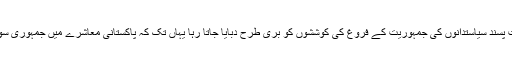
اس دوران جمہوری اداروں اور جمہوریت پسند سیاستدانوں کی جمہوریت کے فروغ کی کوششوں کو بری طرح دبایا جاتا رہا یہاں تک کہ پاکستانی معاشرے میں جمہوری سوچ اور اقدار پھلنے پھولنے ہی نہیں پائی۔